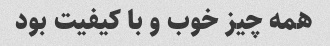
همه چیز خوب و با کیفیت بود